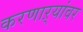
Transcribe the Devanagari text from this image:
करणाऱ्यांवर